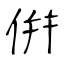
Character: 倂